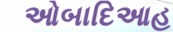
ઓબાદિઆહ